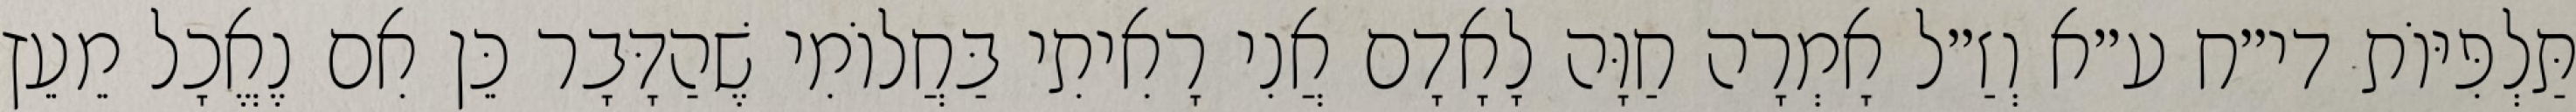
תַּלְפִּיּוֹת די״ח ע״א וְזַ״ל אָמְרָה חַוָּה לָאָדָם אֲנִי רָאִיתִי בַּחֲלוֹמִי שֶׁהַדָּבָר כֵּן אִם נֶאֱכָל מֵעֵץ